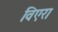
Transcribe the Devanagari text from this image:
विएरा